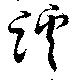
蹊